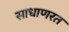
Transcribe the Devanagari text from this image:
साधाणरत